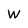
Character: W